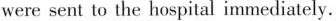
were sent to the hospital immediately.